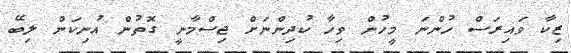
ޒިކާ ވައިރަސް ހުންނަ މީހުން ވިހާ ކުދިންނަށް ޖިސްމާނީ ގޮތުން އުނިކަން ލިބޭ